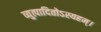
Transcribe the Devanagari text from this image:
व्युत्पादितोऽस्यहम्‌।